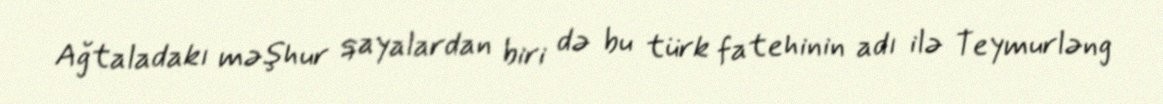
Ağtaladakı məşhur qayalardan biri də bu türk fatehinin adı ilə Teymurləng